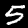
Digit: 5